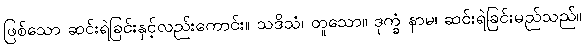
ဖြစ်သော ဆင်းရဲခြင်းနှင့်လည်းကောင်း။ သဒိသံ၊ တူသော။ ဒုက္ခံ နာမ၊ ဆင်းရဲခြင်းမည်သည်။